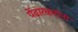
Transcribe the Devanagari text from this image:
पेंढारकरांना